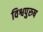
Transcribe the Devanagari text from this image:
विश्वपुरुष